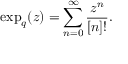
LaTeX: \exp _ { q } ( z ) = \sum _ { n = 0 } ^ { \infty } \frac { z ^ { n } } { [ n ] ! } .